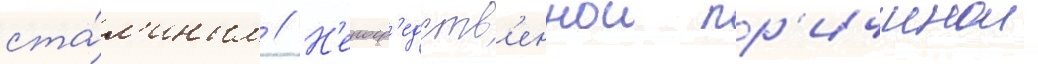
ста́л'иным // Н'епоср'едств'еннои пр'ичинои